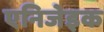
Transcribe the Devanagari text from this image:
एनिजेइक